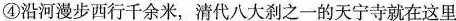
④沿河漫步西行千余米，清代八大刹之一的天宁寺就在这里